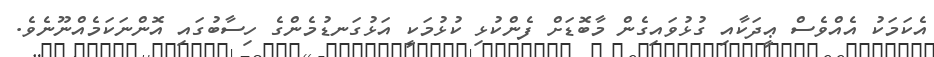
އެކަމަކު އެއްވެސް ޢީދަކާއި ގުޅުވައިގެން މާބޮޑަށް ފެންކުޅި ކުޅުމަކީ އަޅުގަނޑުމެންގެ ހިސާބުގައި އޮންނަކަމެއްނޫނެވެ.